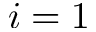
i = 1